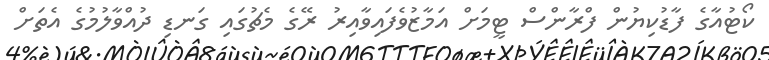
ކޯޓުއާގެ ފާޑުކިޔުން ފްރާންސް ޓީމަށް އަމާޒުވެފައިވާއިރު ރޭގެ މެޗުގައި ގަނޑި ދުއްވާލުމުގެ އެތަށް